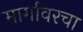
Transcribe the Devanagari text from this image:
मार्गावरचा